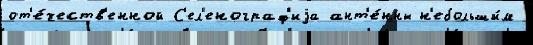
от'е́честв'енной С'ел'енограф'иjа ант'е́нны н'ебольши́м